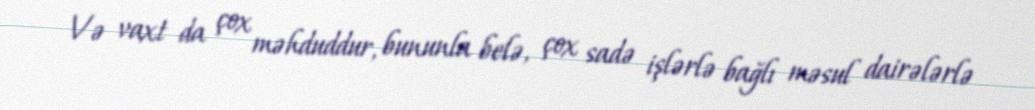
Və vaxt da çox məhduddur, bununla belə, çox sadə işlərlə bağlı məsul dairələrlə